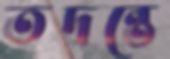
তদন্তে